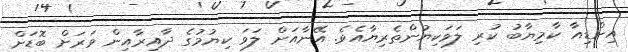
އިންޑިއާ ކާމިޔާބު ކުރި ލަވަކިޔުންތެރިޔާއެވެ. އޭނާއަށް ލަވަ ކިޔުމުގެ ދާއިރާއިން ވަރަށް ބޮޑަށް